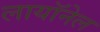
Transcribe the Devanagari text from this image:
लायॉनेल